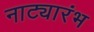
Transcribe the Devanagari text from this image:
नाट्यारंभ